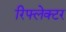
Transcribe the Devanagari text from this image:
रिफ्लेक्‍टर